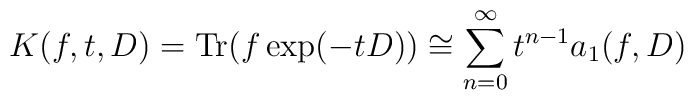
K(f,t,D)={\rm Tr}(f\exp (-tD))\cong \sum_{n=0}^\infty t^{n-1} a_1 (f,D)